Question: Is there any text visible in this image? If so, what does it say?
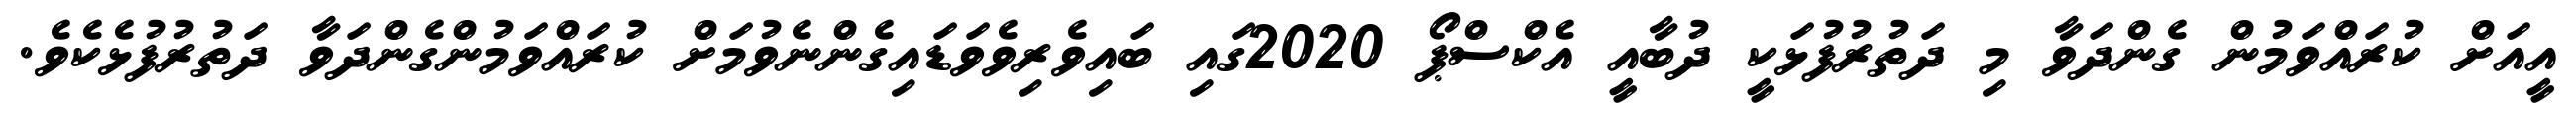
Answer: އީއަށް ކުރައްވަމުން ގެންދަވާ މި ދަތުރުފުޅަކީ ދުބާއީ އެކްސްޕޯ 2020ގައި ބައިވެރިވެވަޑައިގެންނެވުމަށް ކުރައްވަމުންގެންދަވާ ދަތުރުފުޅެކެވެ.